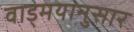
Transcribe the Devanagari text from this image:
वाड्मयानुसार